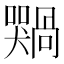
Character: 𫬢